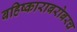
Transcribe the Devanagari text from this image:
बहिष्काराबरोबरच